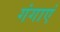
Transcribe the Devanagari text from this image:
गंगाएं